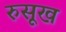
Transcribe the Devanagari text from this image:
रुसूख